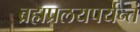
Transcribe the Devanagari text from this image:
ब्रह्मप्रलयपर्यन्तं